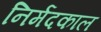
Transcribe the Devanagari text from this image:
निर्मदकाल